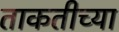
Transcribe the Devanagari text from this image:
ताकतीच्या